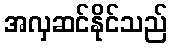
အလှဆင်နိုင်သည်